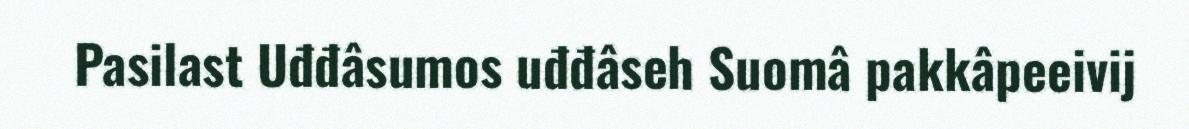
Pasilast Uđđâsumos uđđâseh Suomâ pakkâpeeivij